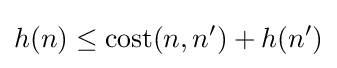
h(n)\leq \mathrm {cost} (n,n')+h(n')